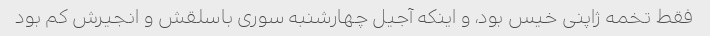
فقط تخمه ژاپنی خیس بود، و اینکه آجیل چهارشنبه سوری باسلقش و انجیرش کم بود